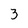
Character: 3